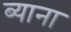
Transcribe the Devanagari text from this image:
ब्याना